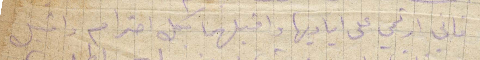
فاني ارتمي على اياديها واقبلها كل احترام واقبل